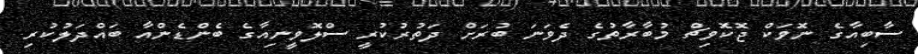
ސާބިއާގެ ނޮވަކް ޖޮކޮވިޗް މުބާރާތުގެ ދެވަނަ ބުރަށް ދަތުރުކުރީ ސްލޮވީނިއާގެ ބެންޑެންއާ ބައްދަލުކުރި